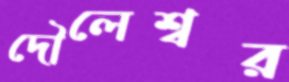
দৌলেশ্বর